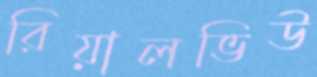
রিয়ালভিউ